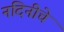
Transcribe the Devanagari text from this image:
नंदिनीचे